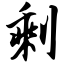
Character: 剩